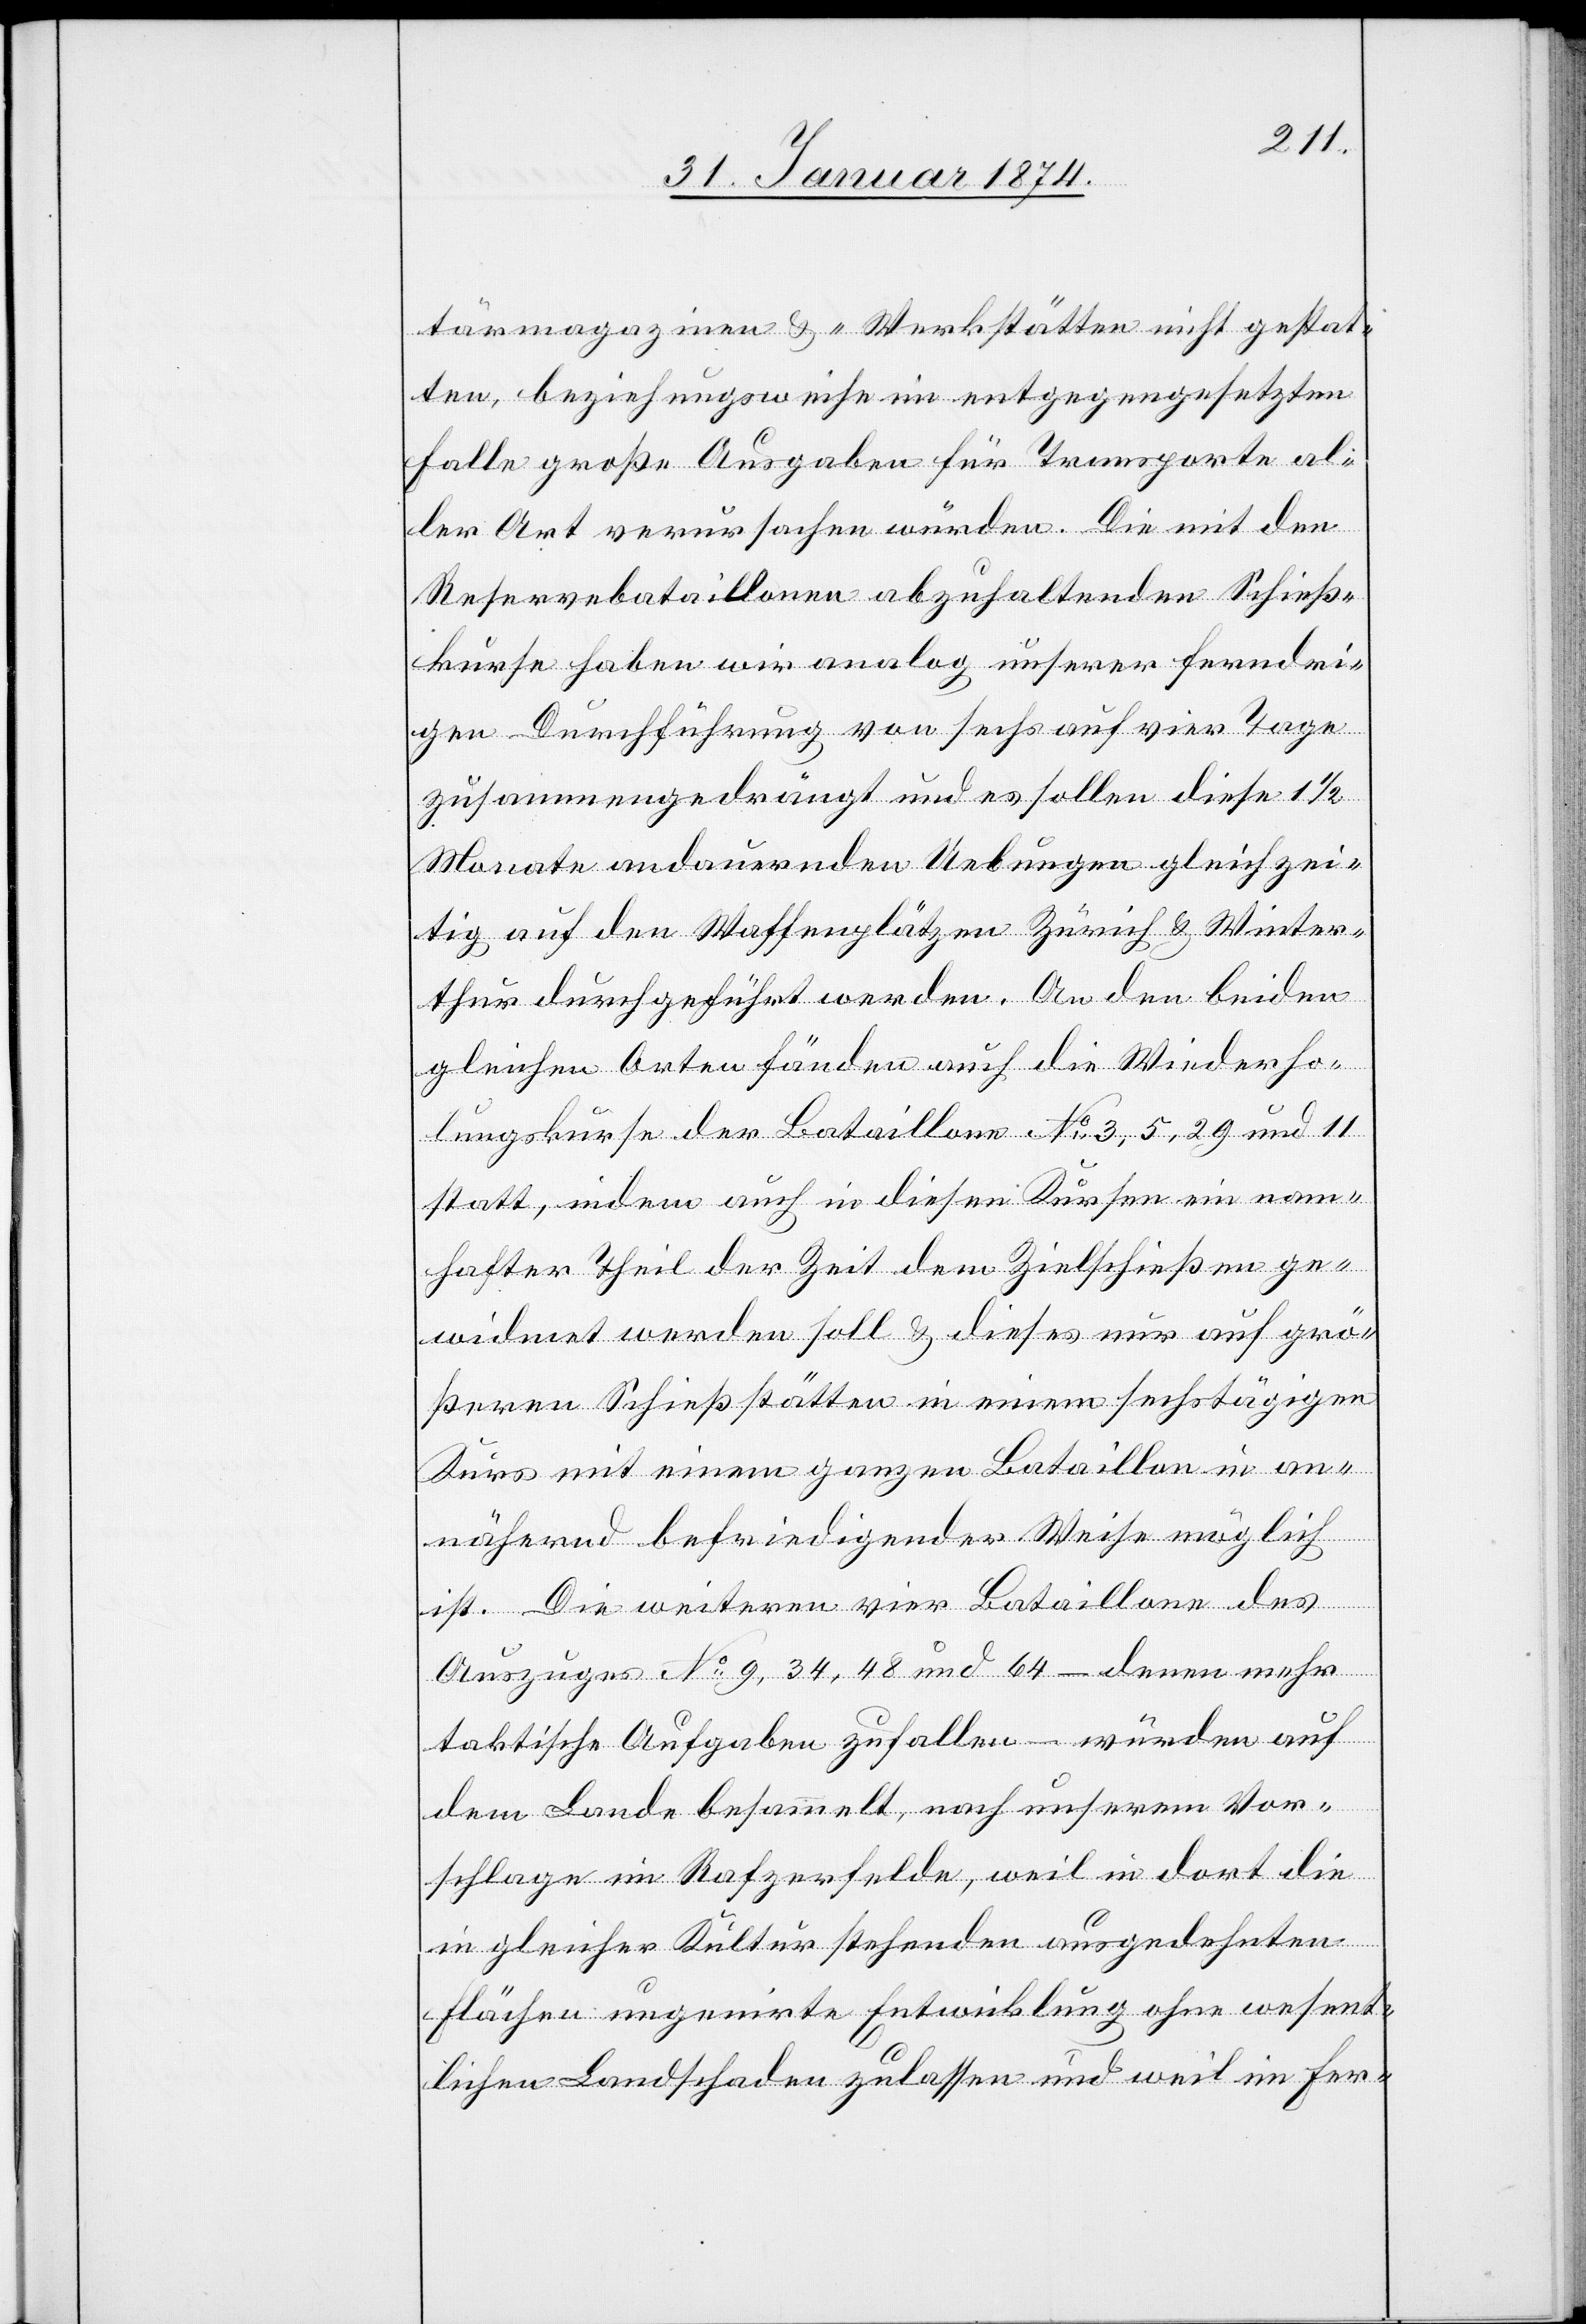
tärmagazinen u. -Werkstätten nicht gestat¬
ten, beziehungsweise im entgegengesetzten
Falle große Ausgaben für Transporte al¬
ler Art verursachen würden. Die mit den
Reservebataillonen abzuhaltenden Schieß¬
kurse haben wir analog unserer ferndri¬
gen Durchführung von sechs auf vier Tage
zusammengedrängt und es sollen diese 1 1/2
Monate andauernden Uebungen gleichzei¬
tig auf den Waffenplätzen Zürich & Winter¬
thur durchgeführt werden. An den beiden
gleichen Arten fänden auch die Wiederho¬
lungskurse der Bataillone No 3, 5, 29 und 11
statt, indem auch in diesen Kursen ein nam¬
hafter Theil der Zeit dem Zielschießen ge¬
widmet werden soll & dieses nur auf grö¬
ßeren Schießstätten in einem sechstägigen
Kurs mit einem ganzen Bataillon in an¬
nähernd befriedigender Weise möglich
ist. Die weiteren vier Bataillone des
Auszuges No 9, 34, 48 und 64 – denen mehr
taktische Aufgaben zufallen – würden auf
dem Lande besammelt, nach unserem Vor¬
schlage im Rafzerfelde, weil in dort die
in gleicher Kultur stehenden ausgedehnten
Flächen ungenirte Entwicklung ohne wesent¬
lichen Landschaden zulassen und weil im Fer-